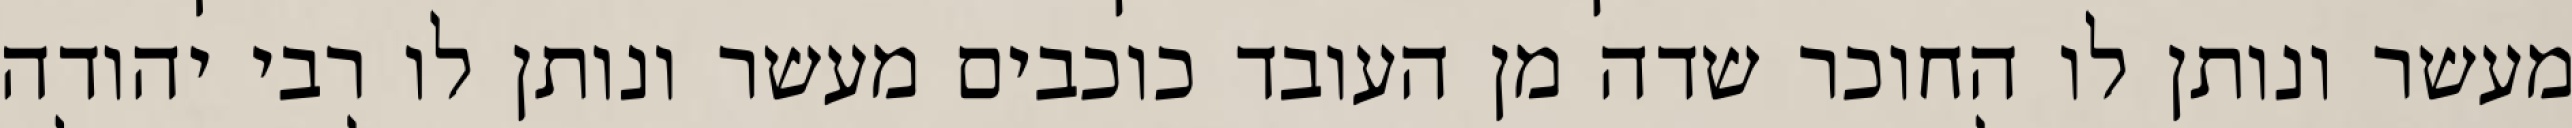
מעשר ונותן לו החוכר שדה מן העובד כוכבים מעשר ונותן לו רבי יהודה